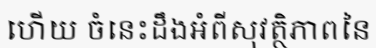
ហើយ ចំនេះដឹងអំពីសុវត្ថិភាពនៃ